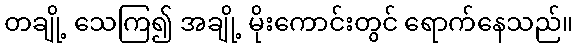
တချို့ သေကြ၍ အချို့ မိုးကောင်းတွင် ရောက်နေသည်။